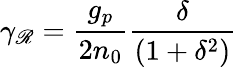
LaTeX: \gamma_{\mathscr{R}}=\frac{{g_{p}}}{{2n_{0}}}\frac{{\delta}}{{(1+\delta^{2})}}